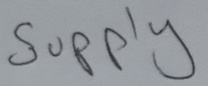
Text: Supply